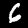
Label: 6